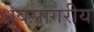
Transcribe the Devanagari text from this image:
ध्रुवसागरीय